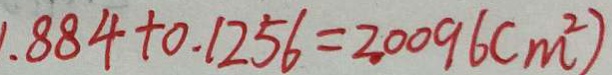
. 8 8 4 + 0 . 1 2 5 6 = 2 0 0 9 6 ( m ^ { 2 } )